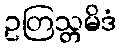
ဥတြသ္တမိဒံ